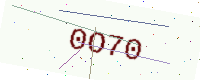
Text: 0O70